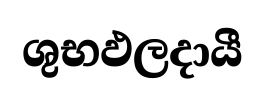
ශුභඵලදායී